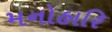
મનોહારિ